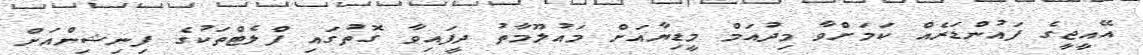
އޭއީޖީގެ ފައުންޑަރެއް ކަމަށްވާ މިދުއަމް މީޑިޔާއަށް މައުލޫމާތު ދީފައިވާ ގޮތުގައި ފްލެޓްތަކުގެ ފިނިޝިންއަށް